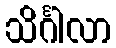
သိင်္ဂါလာ